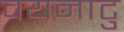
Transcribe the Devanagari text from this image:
वयनाटु